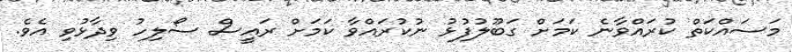
މަސައްކަތް ކުރައްވާނެ ކަމަށް ގަބޫލުފުޅު ނުކުރައްވާ ކަމަށް ރައީސް ސޯލިހު ވިދާޅުވި އެވެ.